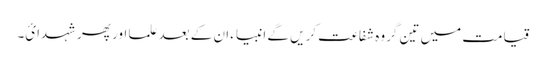
قیامت میں تین گروہ شفاعت کریں گے انبیاء ان کے بعد علما اور پھر شہدائ۔